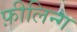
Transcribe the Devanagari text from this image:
फ़ीलिन्ग